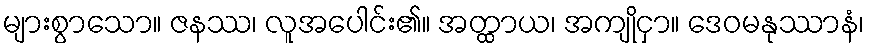
များစွာသော။ ဇနဿ၊ လူအပေါင်း၏။ အတ္ထာယ၊ အကျိုငှာ။ ဒေဝမနုဿာနံ၊